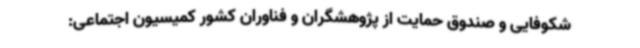
شکوفایی و صندوق حمایت از پژوهشگران و فناوران کشور کمیسیون اجتماعی: